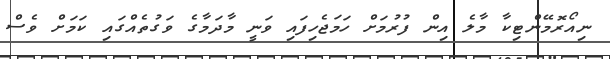
ނިއޯރޮމޭންޓިކާ މާލެ އިން ފުރުމަށް ހަމަޖެހިފައި ވަނީ މާދަމާގެ ވަގުތެއްގައި ކަމަށް ވެސް